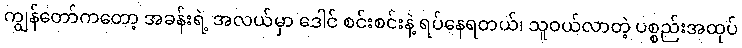
ကျွန်တော်ကတော့ အခန်းရဲ့ အလယ်မှာ ဒေါင် စင်းစင်းနဲ့ ရပ်နေရတယ်၊ သူဝယ်လာတဲ့ ပစ္စည်းအထုပ်